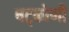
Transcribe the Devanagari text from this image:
षट्कोणी